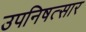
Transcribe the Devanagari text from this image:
उपनिषत्सार